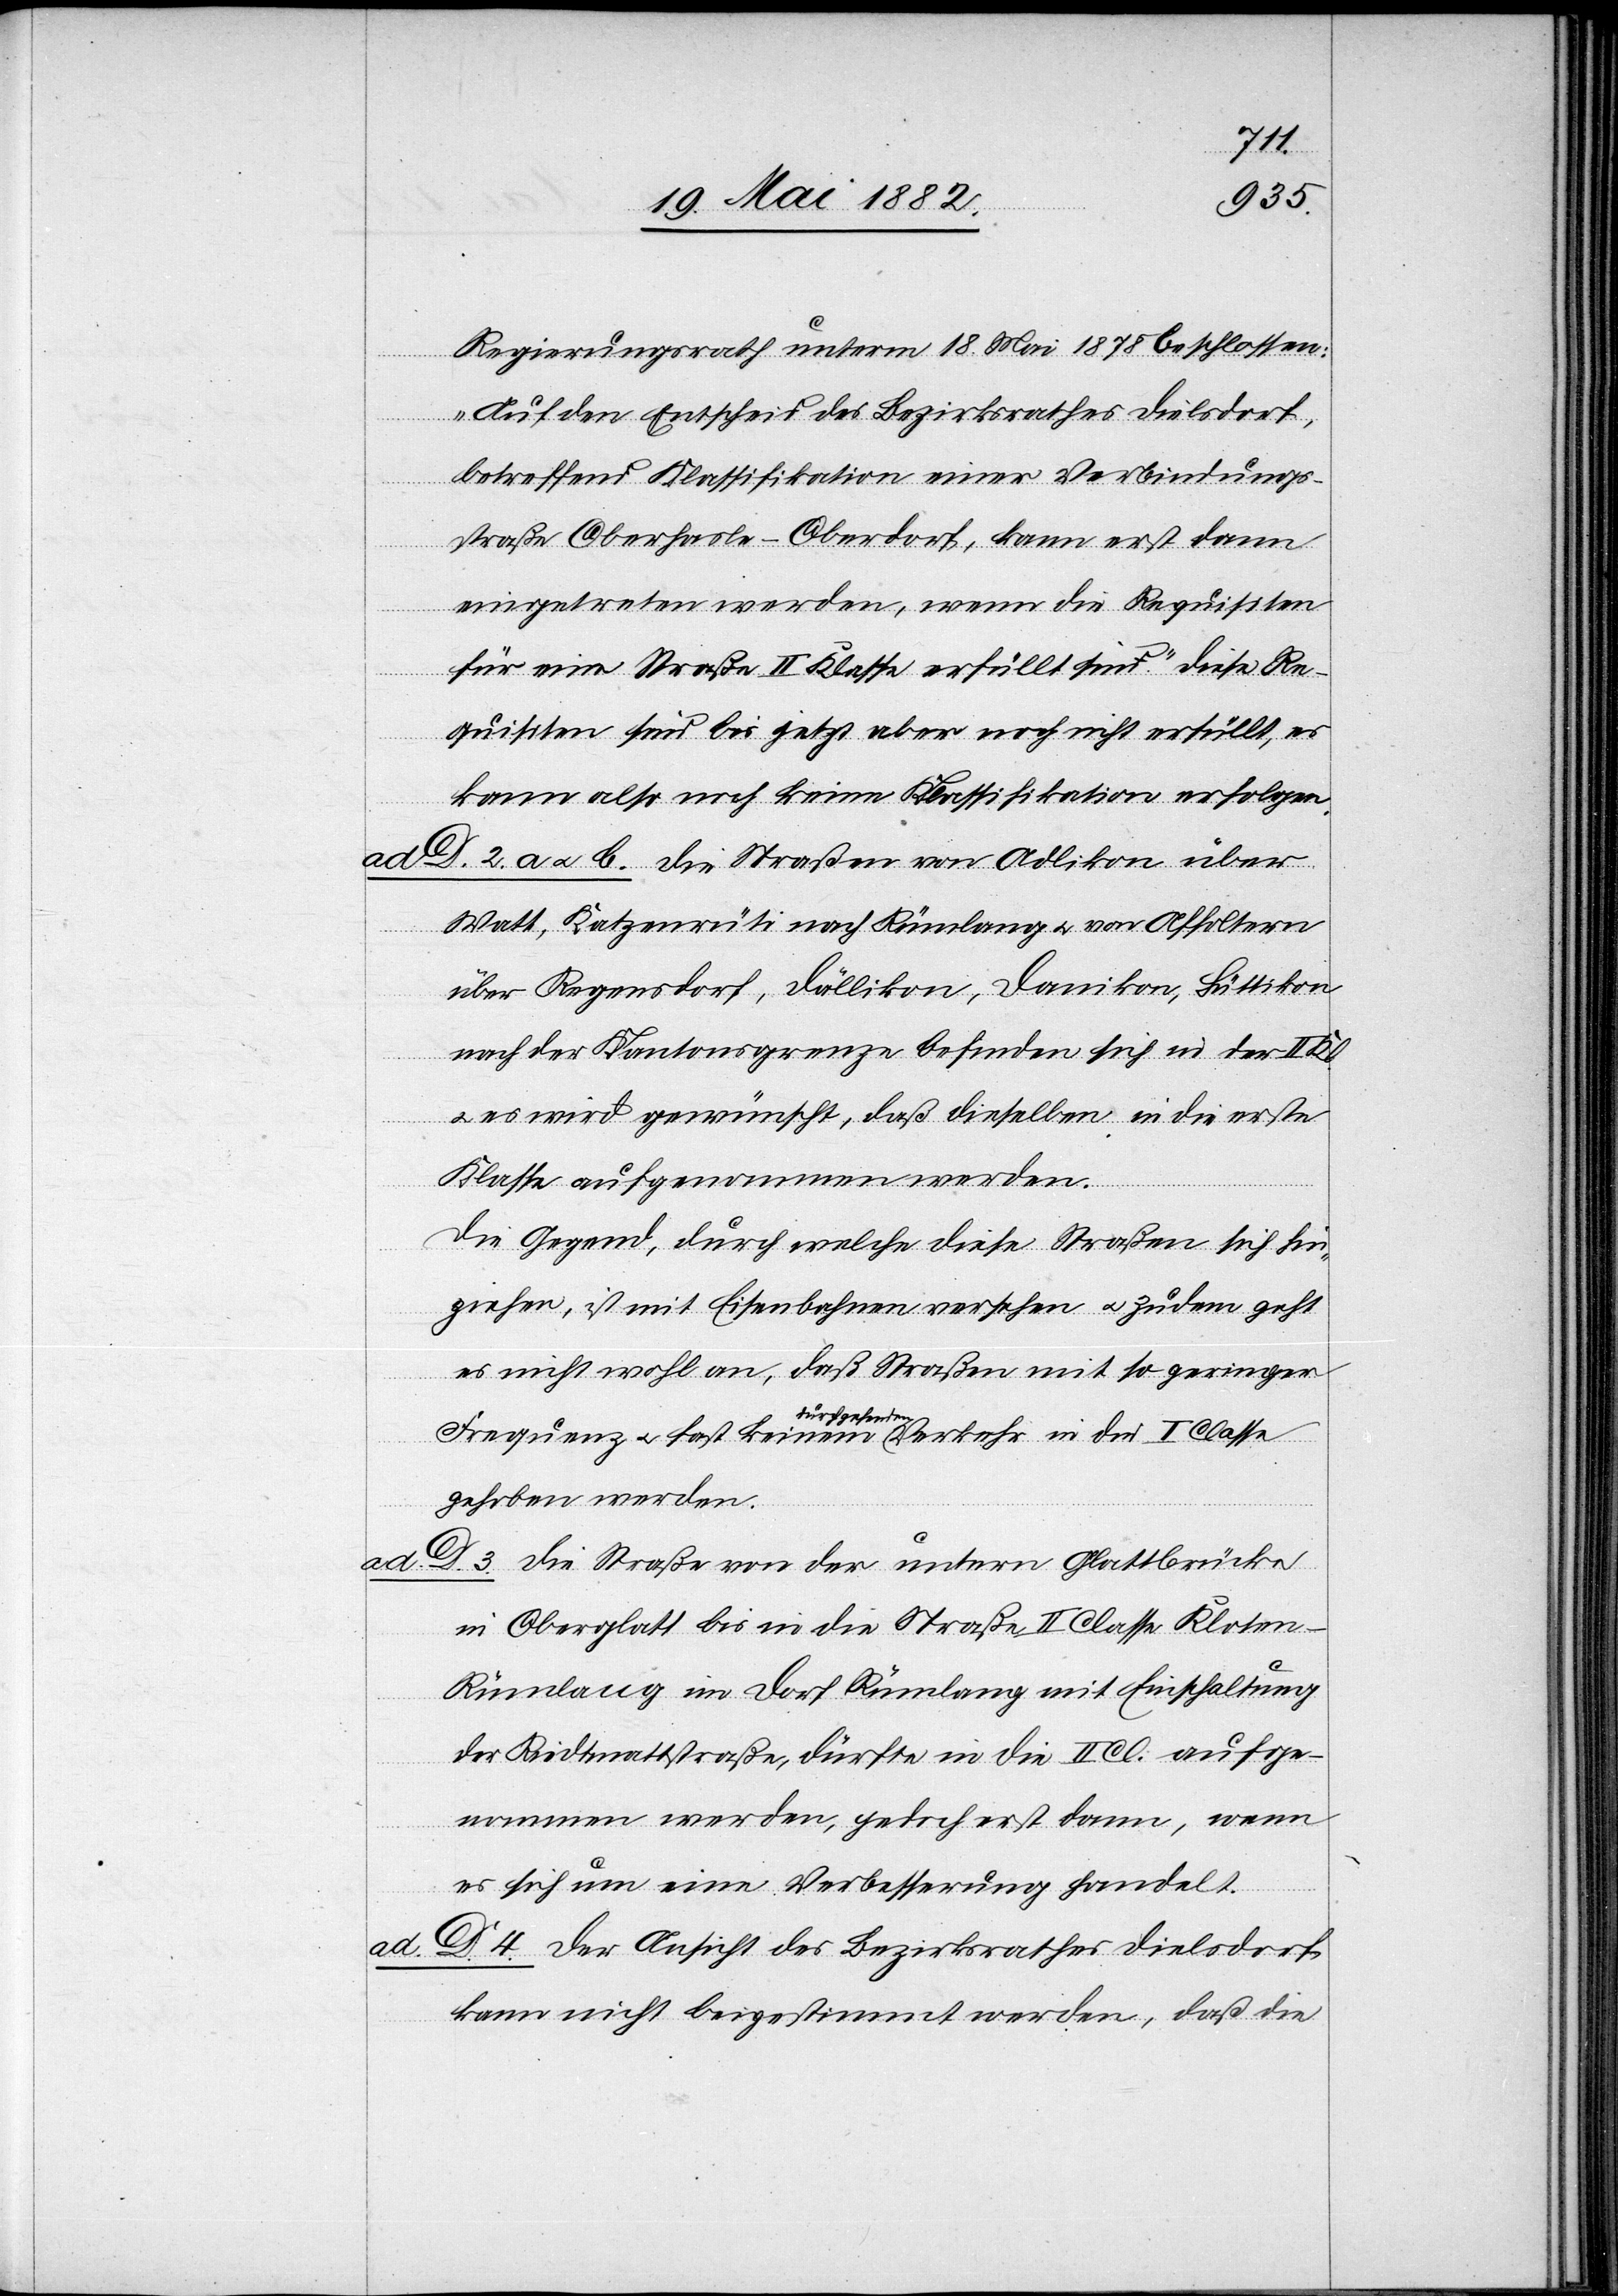
Kl.

Regierungsrath unterm 18. Mai 1878 beschlossen:
„Auf den Entscheid des Bezirksrathes Dielsdorf,
betreffend Klassifikation einer Verbindungs¬
straße Oberhasli–Oberdorf, kann erst dann
eingetreten werden, wenn die Requisiten
für eine Straße II. Klasse erfüllt sind.“ Diese Re¬
quisiten sind bis jetzt aber noch nicht erfüllt, es
kann also noch keine Klassifikation erfolgen.
ad D. 2. a. & b. Die Straßen von Adlikon über
Watt, Katzenrüti nach Rümlang u. von Affoltern
über Regensdorf, Dällikon, Dänikon, Hüttikon,
nach der Kantonsgrenze befinden sich in der I¬
u. es wird gewünscht, daß dieselben in die erste
Klasse aufgenommen werden.
I.
Die Gegend, durch welche die Straßen sich hin¬
ziehen, ist mit Eisenbahnen versehen u. zudem geht
es nicht wohl an, daß Straßen mit so geringer
Frequenz u. fast keinem durchgehenden Verkehr in die I. Classe
gehoben werden.
D. 3. Die Straße von der untern Glattbrücke
in Oberglatt bis in die Straße II. Classe Kloten–R¬
ümlang im Dorf Rümlang mit Einschaltung
der Riedtmattstraße, dürfte in die II. Cl. aufge¬
nommen werden, jedoch erst dann, wenn
es sich um eine Verbesserung handelt.
D. 4. Der Ansicht des Bezirksrathes Dielsdorf
kann nicht beigestimmt werden, daß die